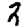
Digit: 2